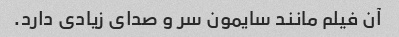
آن فیلم مانند سایمون سر و صدای زیادی دارد.